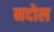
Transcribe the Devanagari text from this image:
नदोल